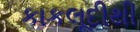
કાકલૂદીથી